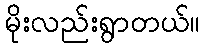
မိုးလည်းရွာတယ်။